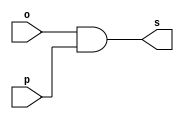
// ----------------
// Exemplo0014 - AND com 4 entradas usando outros mdulos
// Nome: Josemar Alves Caetano
// Matrcula: 448662
// Data: 03/08/2012
// ----------------

// ----------------
// -- and gate 
// ----------------
module andgate(output s, input o, input p);
 assign s = (o & p);
endmodule

// ----------------
// -- test andgate
// ----------------
module testandgate;

// ---------------- Dados locais
 reg a, b, c, d; //Definir registradores
 wire s, t, u; //Definir conexes (fios)

// ---------------- Instncia 
 andgate AND1(s, a , b);  
 andgate AND2(t, c, d);
 andgate AND3(u, s, t); //Porta da conjuno final

// ---------------- Preparao
 initial begin: start
  a = 0; b = 0; c = 0; d = 0;
 end

// ---------------- Parte principal
 initial begin: main
   $display("Exemplo0014 - Josemar Alves Caetano - 448662");
	$display("Teste AND gate usando outros mdulos.");
	$display("\t(a & b) = s e (c & d) = t => (s & t) = u\n");
	
	$monitor("\t(%b & %b) = %b e (%b & %b) = %b => (%b & %b) = %b",a, b, s, c, d, t, s, t, u);
  #1 a = 0; b = 0; c = 0; d = 1;
  #1 a = 0; b = 0; c = 1; d = 0;
  #1 a = 0; b = 0; c = 1; d = 1;
  #1 a = 0; b = 1; c = 0; d = 0;
  #1 a = 0; b = 1; c = 0; d = 1;
  #1 a = 0; b = 1; c = 1; d = 0;
  #1 a = 0; b = 1; c = 1; d = 1;
  #1 a = 1; b = 0; c = 0; d = 0;
  #1 a = 1; b = 0; c = 0; d = 1;
  #1 a = 1; b = 0; c = 1; d = 0;
  #1 a = 1; b = 0; c = 1; d = 1;
  #1 a = 1; b = 1; c = 0; d = 0;
  #1 a = 1; b = 1; c = 0; d = 1;
  #1 a = 1; b = 1; c = 1; d = 0;
  #1 a = 1; b = 1; c = 1; d = 1;
 
 end //main

endmodule //testandgate